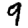
Digit: 9